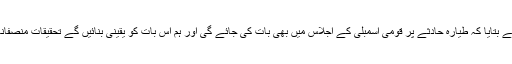
وزیر ہوا بازی نے بتایا کہ طیارہ حادثے پر قومی اسمبلی کے اجلاس میں بھی بات کی جائے گی اور ہم اس بات کو یقینی بنائیں گے تحقیقات منصفانہ اور شفاف ہوں۔